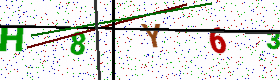
Text: H8Y63